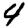
Digit: 4